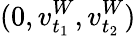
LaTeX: (0,v_{t_{1}}^{W},v_{t_{2}}^{W})